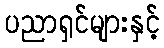
ပညာရှင်များနှင့်